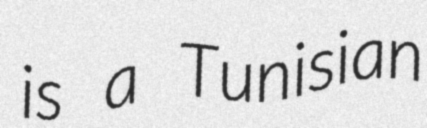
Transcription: is a Tunisian